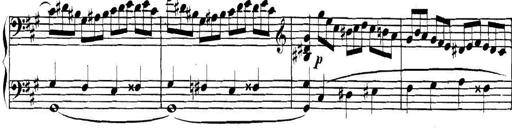
Title: Collected Piano Sonatas
Composer: Muzio Clementi